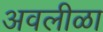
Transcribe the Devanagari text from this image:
अवलीळा